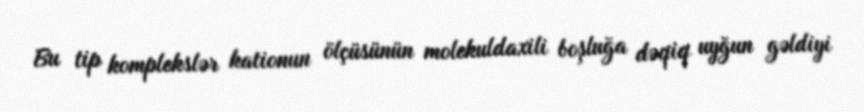
Bu tip komplekslər kationun ölçüsünün molekuldaxili boşluğa dəqiq uyğun gəldiyi